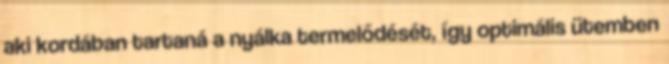
aki kordában tartaná a nyálka termelődését, így optimális ütemben